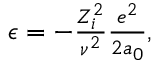
\begin{array} { r } { \epsilon = - \frac { Z _ { i } ^ { 2 } } { \nu ^ { 2 } } \frac { e ^ { 2 } } { 2 a _ { 0 } } , } \end{array}